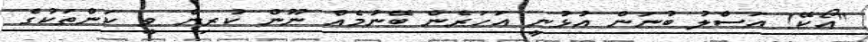
"އޯކޭ! އަސްލު ބުނަން އުޅުނީ އަަހަރެން ބޭނުމެއް ނޫން ކުރިން ވީ ކަންތަކުގެ